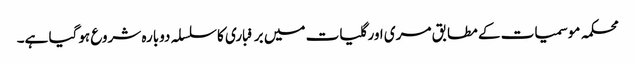
محکمہ موسمیات کے مطابق مری اور گلیات میں برفباری کا سلسلہ دوبارہ شروع ہوگیا ہے۔